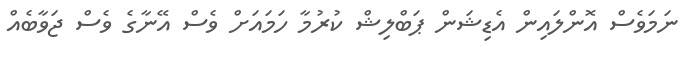
ނަމަވެސް އޮންލައިން އެޑިޝަން ޕަބްލިޝް ކުރުމާ ހަމައަށް ވެސް އޭނާގެ ވެސް ޖަވާބެއް